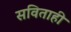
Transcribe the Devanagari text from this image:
सविताही